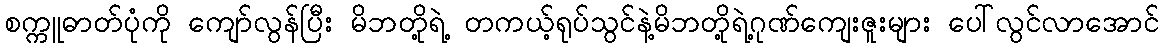
စက္ကူဓာတ်ပုံကို ကျော်လွန်ပြီး မိဘတို့ရဲ့ တကယ့်ရုပ်သွင်နဲ့မိဘတို့ရဲ့ဂုဏ်ကျေးဇူးများ ပေါ်လွင်လာအောင်